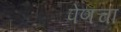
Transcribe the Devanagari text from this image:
पेणचा